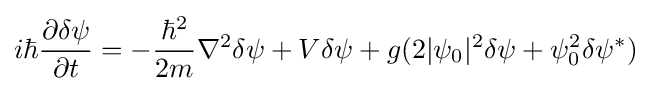
i\hbar {\frac {\partial \delta \psi }{\partial t}}=-{\frac {\hbar ^{2}}{2m}}\nabla ^{2}\delta \psi +V\delta \psi +g(2|\psi _{0}|^{2}\delta \psi +\psi _{0}^{2}\delta \psi ^{*})